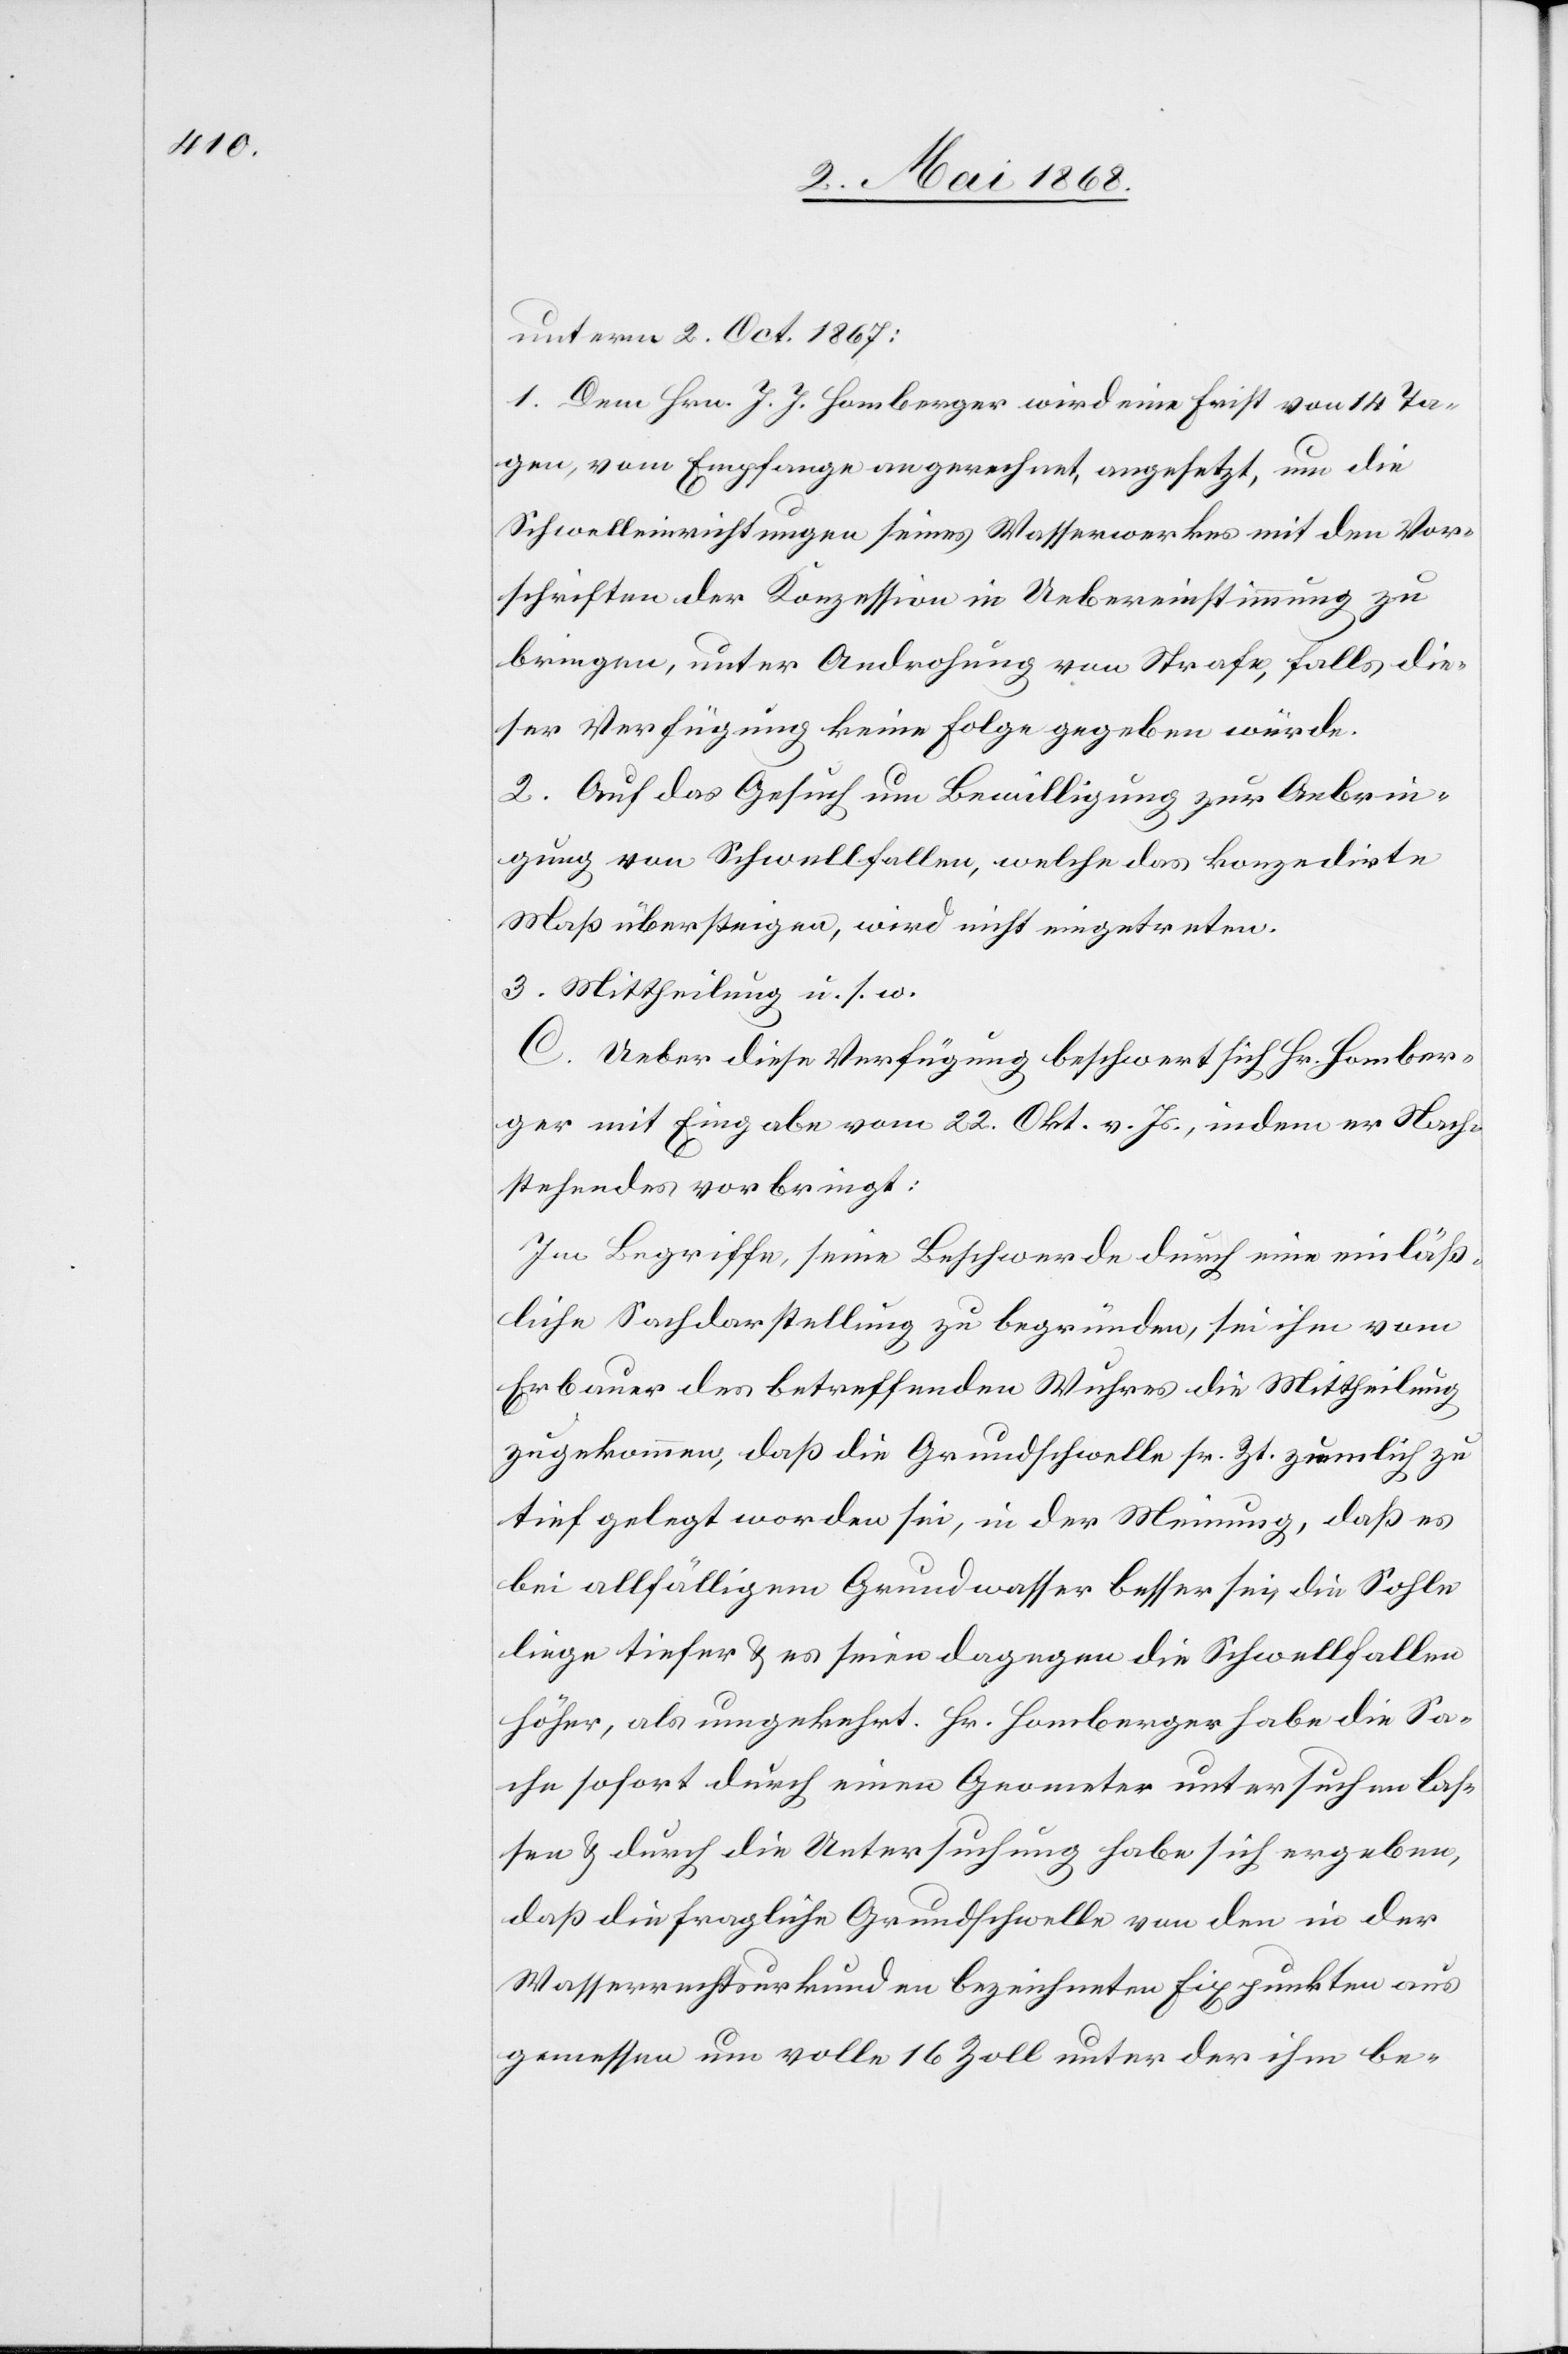
unterm 2. Oct. 1867:
1. Dem Hrn. J. J. Homberger wird eine Frist von 14 Ta¬
gen, vom Empfange angerechnet, angesetzt, um die
Schwelleinrichtungen seines Wasserwerkes mit den Vor¬
schriften der Konzession in Uebereinstimmung zu
bringen, unter Androhung von Strafe, falls die¬
ser Verfügung keine Folge gegeben würde.
2. Auf das Gesuch um Bewilligung zur Anbrin¬
gung von Schwellfallen, welche das konzedirte
Maß übersteigen, wird nicht eingetreten.
3. Mittheilung u. s. w.
C. Ueber diese Verfügung beschwert sich Hr. Homber¬
ger mit Eingabe vom 22. Okt. v. Js., indem er Nach¬
stehendes vorbringt:
Im Begriffe, seine Beschwerde durch eine einläß¬
liche Sachdarstellung zu begründen, sei ihm vom
Erbauer des betreffenden Wuhres die Mittheilung
zugekommen, daß die Grundschwelle sr. Zt. ziemlich zu
tief gelegt worden sei, in der Meinung, daß es
bei allfälligem Grundwasser besser sei, die Sohle
liege tiefer & es seien dagegen die Schwellfallen
höher, als umgekehrt. Hr. Homberger habe die Sa¬
che sofort durch einen Geometer untersuchen las¬
sen & durch die Untersuchung habe sich ergeben,
daß die fragliche Grundschwelle von den in der
Wasserrechtsurkunden [sic!] bezeichneten Fixpunkten aus
gemessen um volle 16 Zoll unter der ihm be-